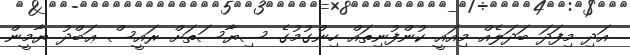
އަދި މިފަދަ ބަދަލެއް މިއައީ ކުންފުނިތައް ހިންގުމުގެ ސިޔާސަތަށް ރައީސް ޢަބްދު ޔާމީން